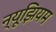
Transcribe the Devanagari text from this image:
न्यूझियम